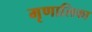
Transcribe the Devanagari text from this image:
मृणालिका